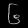
Digit: ၆